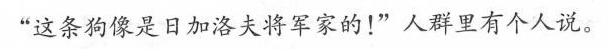
“这条狗像是日加洛夫将军家的!”人群里有个人说。